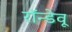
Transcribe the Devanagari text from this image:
रॉन्डेवू